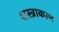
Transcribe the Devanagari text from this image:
शस्त्राकरण